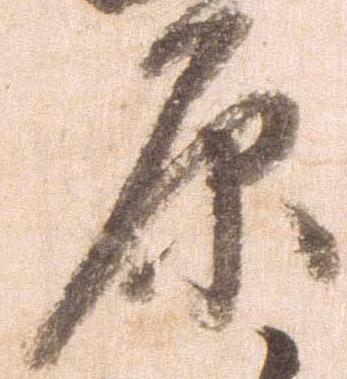
原